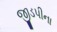
જીડપીના